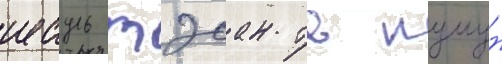
иесуль тэсан тв пумун